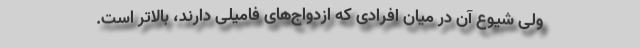
ولی شیوع آن در میان افرادی که ازدواج‌های فامیلی دارند، بالاتر است.